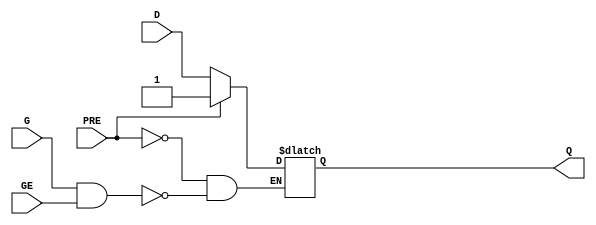
// $Header: /devl/xcs/repo/env/Databases/CAEInterfaces/xec_libs/data/unisims/LDPE.v,v 1.1 2005/05/10 01:20:06 wloo Exp $

/*

FUNCTION	: D-LATCH with async preset and gate enable

*/

`celldefine
`timescale  100 ps / 10 ps

module LDPE (Q, D, G, GE, PRE);

    parameter INIT = 1'b1;

    output Q;
    reg    Q;

    input  D, G, GE, PRE;

	always @( PRE or D or G or GE)
	    if (PRE)
		Q <= 1;
	    else if (G && GE)
		Q <= D;

endmodule